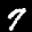
Label: 7